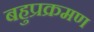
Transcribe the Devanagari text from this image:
बहुप्रक्रमण